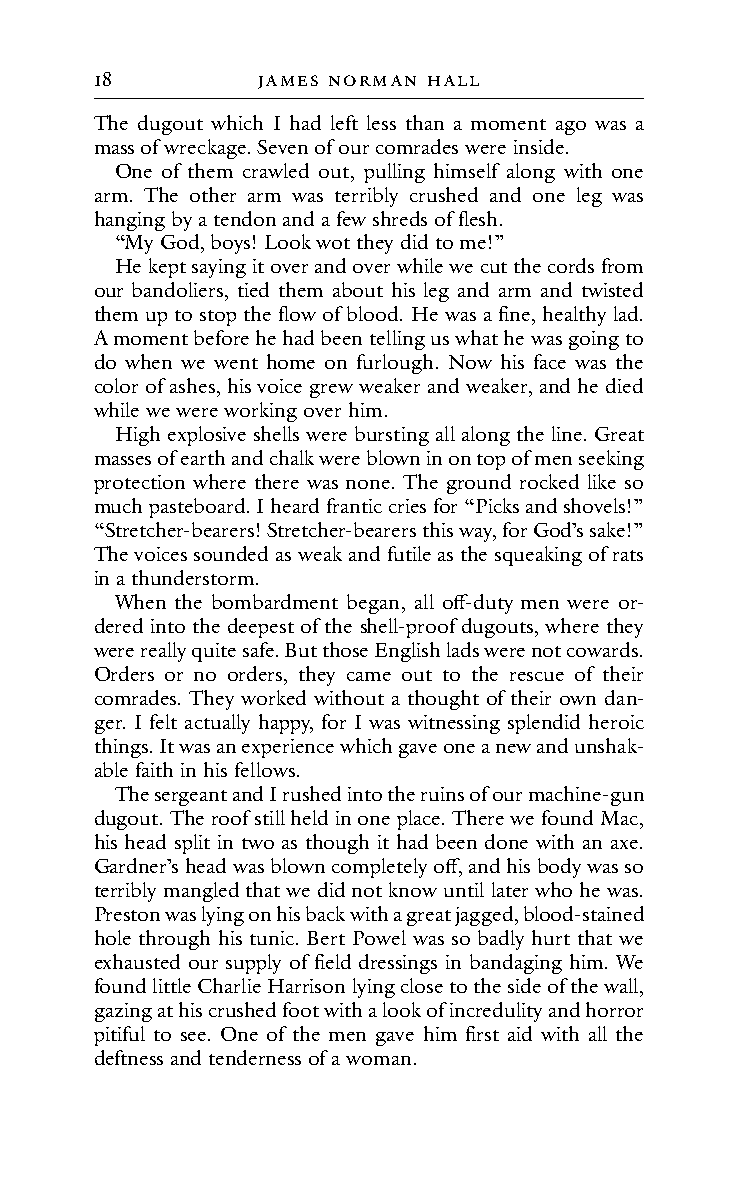
18         JAMes noRMAn HALL
 The dugout which I had left less than a moment ago was a
 mass of wreckage. Seven of our comrades were inside.
 One of them crawled out, pulling himself along with one
 arm. The other arm was terribly crushed and one leg was
 hanging by a tendon and a few shreds of flesh.
 “My God, boys! Look wot they did to me!”
 He kept saying it over and over while we cut the cords from
 our bandoliers, tied them about his leg and arm and twisted
 them up to stop the flow of blood. He was a fine, healthy lad.
 A moment before he had been telling us what he was going to
 do when we went home on furlough. Now his face was the
 color of ashes, his voice grew weaker and weaker, and he died
 while we were working over him.
 High explosive shells were bursting all along the line. Great
 masses of earth and chalk were blown in on top of men seeking
 protection where there was none. The ground rocked like so
 much pasteboard. I heard frantic cries for “Picks and shovels!”
 “Stretcher-bearers! Stretcher-bearers this way, for God’s sake!”
 The voices sounded as weak and futile as the squeaking of rats
 in a thunderstorm.
 When the bombardment began, all off-duty men were or-
 dered into the deepest of the shell-proof dugouts, where they
 were really quite safe. But those English lads were not cowards.
 Orders or no orders, they came out to the rescue of their
 comrades. They worked without a thought of their own dan-
 ger. I felt actually happy, for I was witnessing splendid heroic
 things. It was an experience which gave one a new and unshak-
 able faith in his fellows.
 The sergeant and I rushed into the ruins of our machine-gun
 dugout. The roof still held in one place. There we found Mac,
 his head split in two as though it had been done with an axe.
 Gardner’s head was blown completely off, and his body was so
 terribly mangled that we did not know until later who he was.
 Preston was lying on his back with a great jagged, blood-stained
 hole through his tunic. Bert Powel was so badly hurt that we
 exhausted our supply of field dressings in bandaging him. We
 found little Charlie Harrison lying close to the side of the wall,
 gazing at his crushed foot with a look of incredulity and horror
 pitiful to see. One of the men gave him first aid with all the
 deftness and tenderness of a woman.